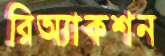
রিঅ্যাকশন